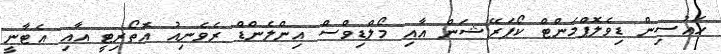
ހައުސިން ޑިވެލޮޕްމަންޓް ކޯޕަރޭޝަން އާއި މޯލްޑިވްސް އިންލެންޑް ރެވެނިއު އޮތޯރިޓީ އާއި އެޓާނީ